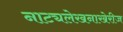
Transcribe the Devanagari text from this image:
नाट्यलेखनाखेरीज